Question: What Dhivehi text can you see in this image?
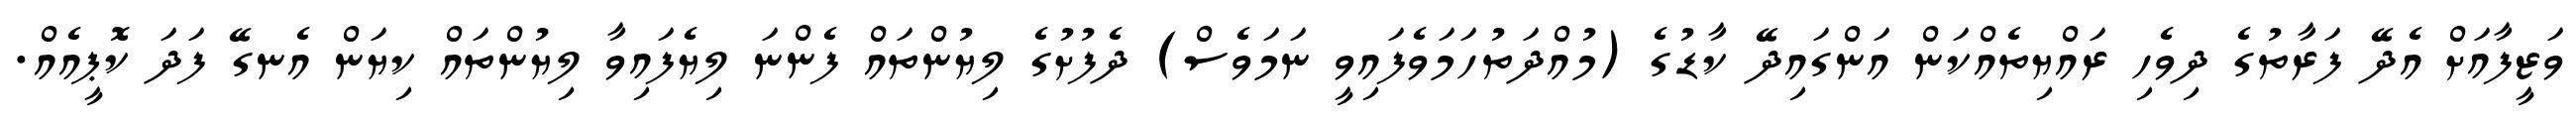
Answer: ވަޒީފާއަށް އެދޭ ފަރާތުގެ ދިވެހި ރައްޔިތެއްކަން އަންގައިދޭ ކާޑުގެ (މުއްދަތުހަމަވެފައިވީ ނަމަވެސް) ދެފުށުގެ ލިޔުންތައް ފެންނަ ލިޔެފައިވާ ލިޔުންތައް ކިޔަން އެނގޭ ފަދަ ކޮޕީއެއް.